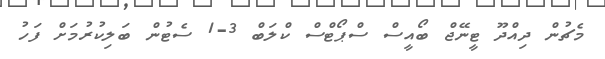
މެޗުން ދިއްދޫ ޓީނޭޖް ބޯއީސް ސްޕޯޓްސް ކްލަބް 3-1 ސެޓުން ބަލިކުރުމަށް ފަހު